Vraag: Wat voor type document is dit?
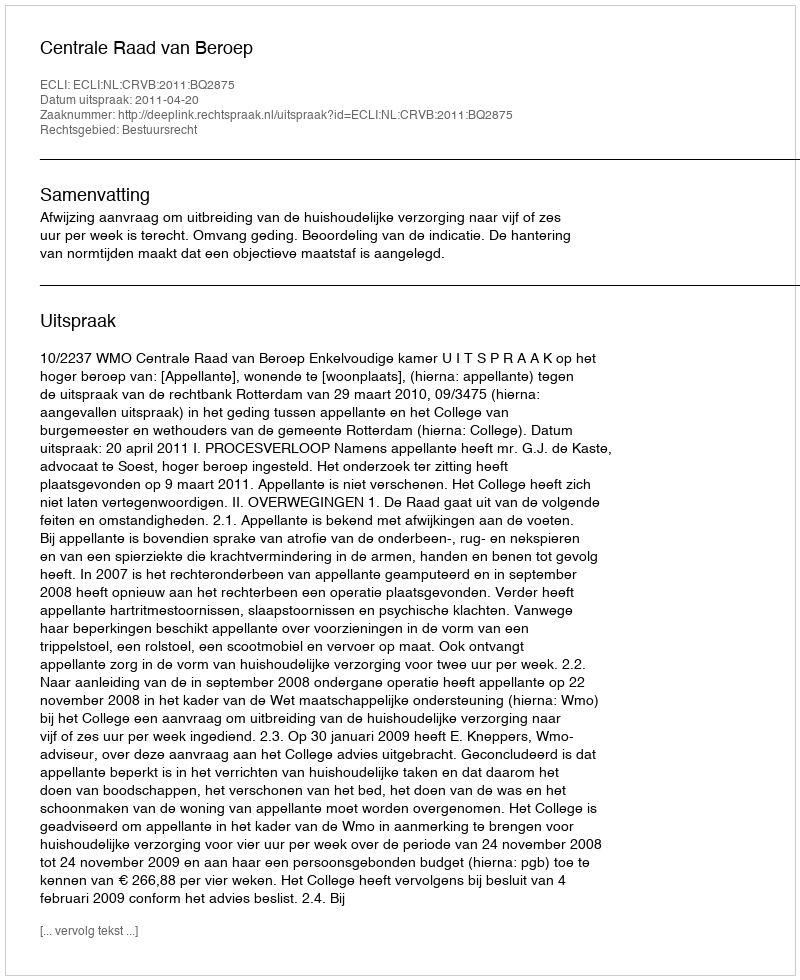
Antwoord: Uitspraak